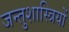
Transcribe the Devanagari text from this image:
जन्तुशास्त्रियों